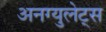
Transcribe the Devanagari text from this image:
अनग्युलेट्स